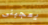
يعجبنى